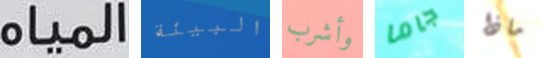
المياه البيئة وأشرب جاما ماذا